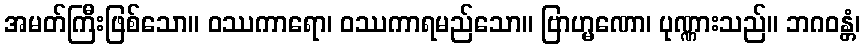
အမတ်ကြီးဖြစ်သော။ ဝဿကာရော၊ ဝဿကာရမည်သော။ ဗြာဟ္မဏော၊ ပုဏ္ဏားသည်။ ဘဂဝန္တံ၊